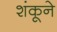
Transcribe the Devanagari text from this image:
शंकूने